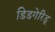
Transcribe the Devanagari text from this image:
डिडगेरिडू